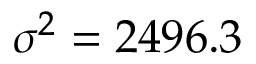
\sigma ^ { 2 } = 2 4 9 6 . 3